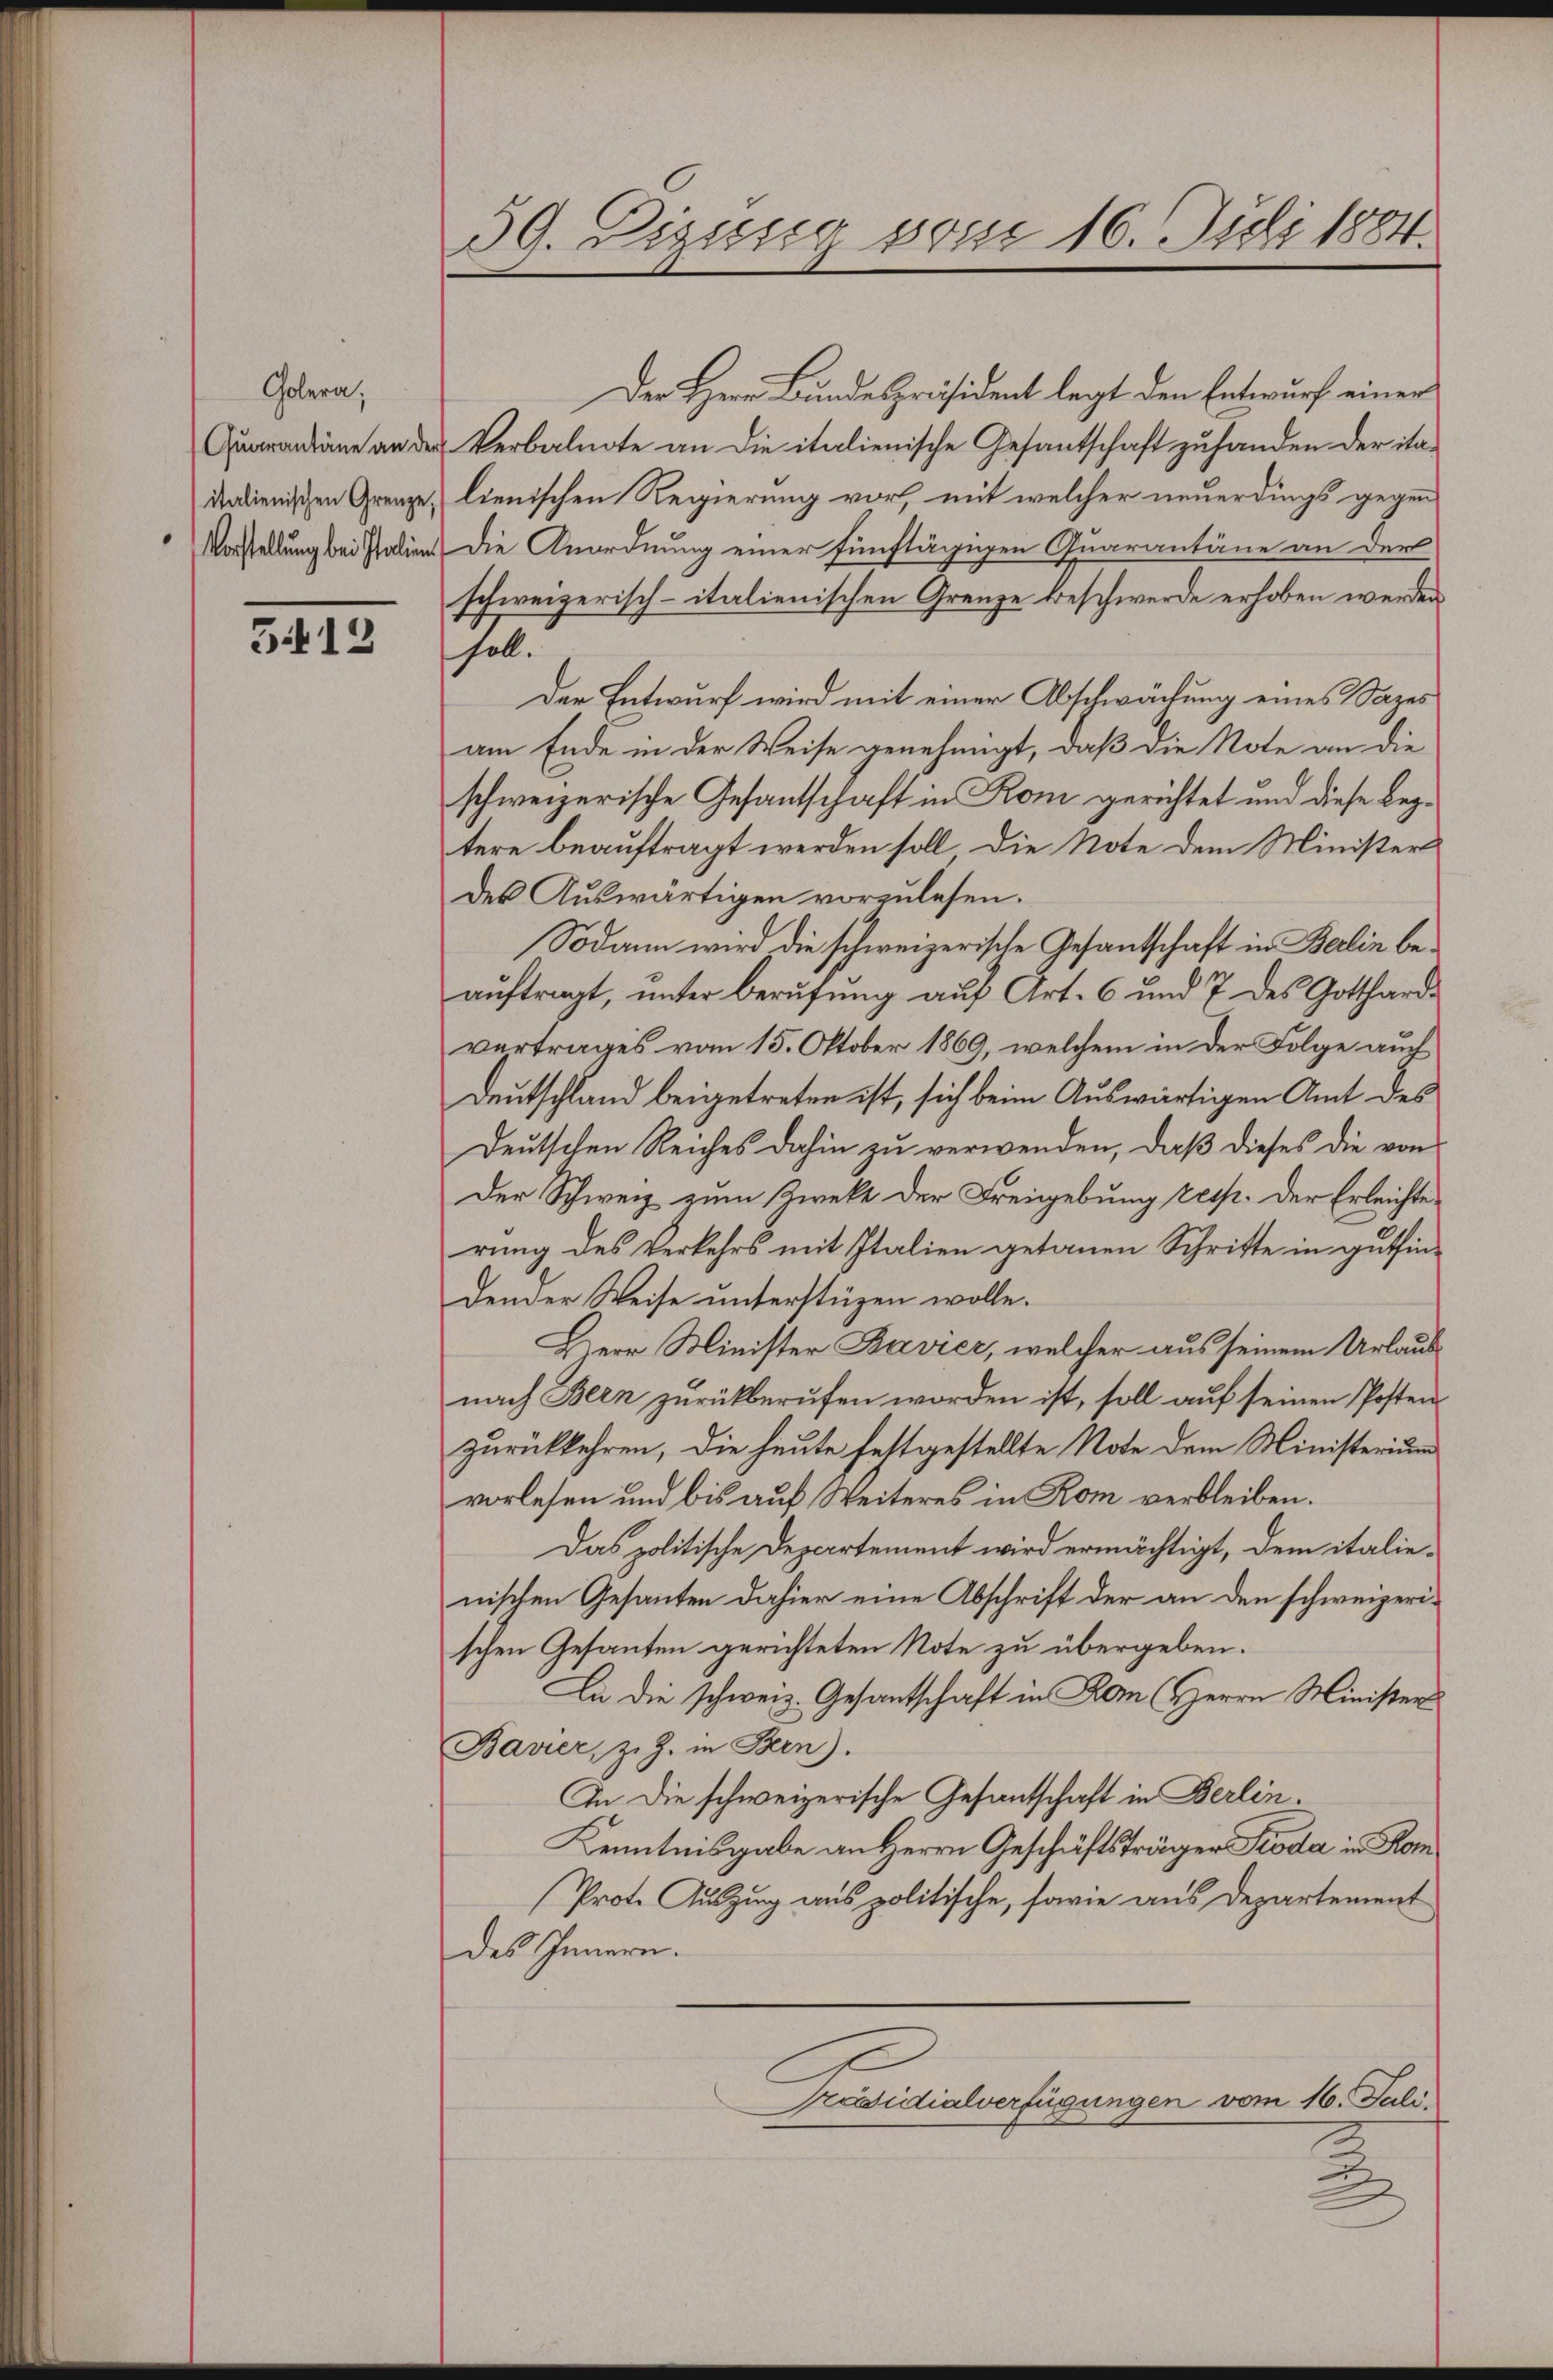
Colera,
Quarantäne an der
italienischen Grenze
Vorstellung bei Italien

3412

39. Diesig von 16. Juli 1884.

Der Herr Bundespräsident legt den Entwurf einer
Verbalnote an die italienische Gesandtschaft zu handen der ita-
lienischen Regierung vor, mit welcher neuerdings gegen
Die Anordnung einer fünftägigen Quarantäne an der
schweizerisch-italienischen Grenze beschwerde erhoben werden
soll.
Der Entwurf wird mit einer Abschwächung eines Sazes
am Ende in der Weise genehmigt, daß die Note an die
schweizerische Gesantschaft in Rom gerichtet und diese Beztere beauftragt werden soll. Die Note dem Minister
des Auswärtigen vorzulesen.
Sodann wird die schweizerische Gesantschaft in Berlin beauftragt, unter Berufung auf Art. 6 und 7 des Gotthardvertrages vom 15. Oktober 1869, welchem in der Folge auch
Deutschland beigetreten ist, sich beim Auswärtigen Amt des
Deutschen Reiches dahin zu verwenden, daß dieses die von
Der Schweiz zum Zwekt der Freigebung resp. Der Erleichte
rung des Verkehrs mit Italien getanen Schritte in gutfindender Weise unterstüzen wolle.
Herr Minister Bavier, welcher aus seinem Urlaub
nach Bern zurückberufen worden ist, soll auf seinen Posten
zurückkehren, die heute festgestellte Note dem Ministerium
vorlesen und bis auf Weiteres in Rom verbleiben.
Das politische Departement wird ermächtigt, dem italienischen Gesanten dahier eine Abschrift der an den schweizerischen Gesanten gerichteten Note zu übergeben.
Lie die schweiz. Gesantschaft in Rom Herrn Minister
Bavier, z. Z. in Bern).
In die schweizerische Gesantschaft in Berlin.
Kenntnisgabe an Herrn Geschäftsträger Pioda in Rom
Prote Auszug aus politische, sowie aus Departement
des Innern.
Präsidialverfügungen vom 16. Juli.